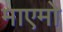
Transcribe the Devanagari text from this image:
माएमो